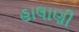
હાલાણી